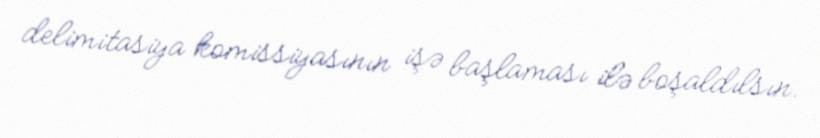
delimitasiya komissiyasının işə başlaması ilə boşaldılsın.